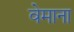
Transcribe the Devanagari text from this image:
वेमाना